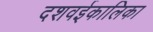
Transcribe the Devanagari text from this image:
दशवईकालिका